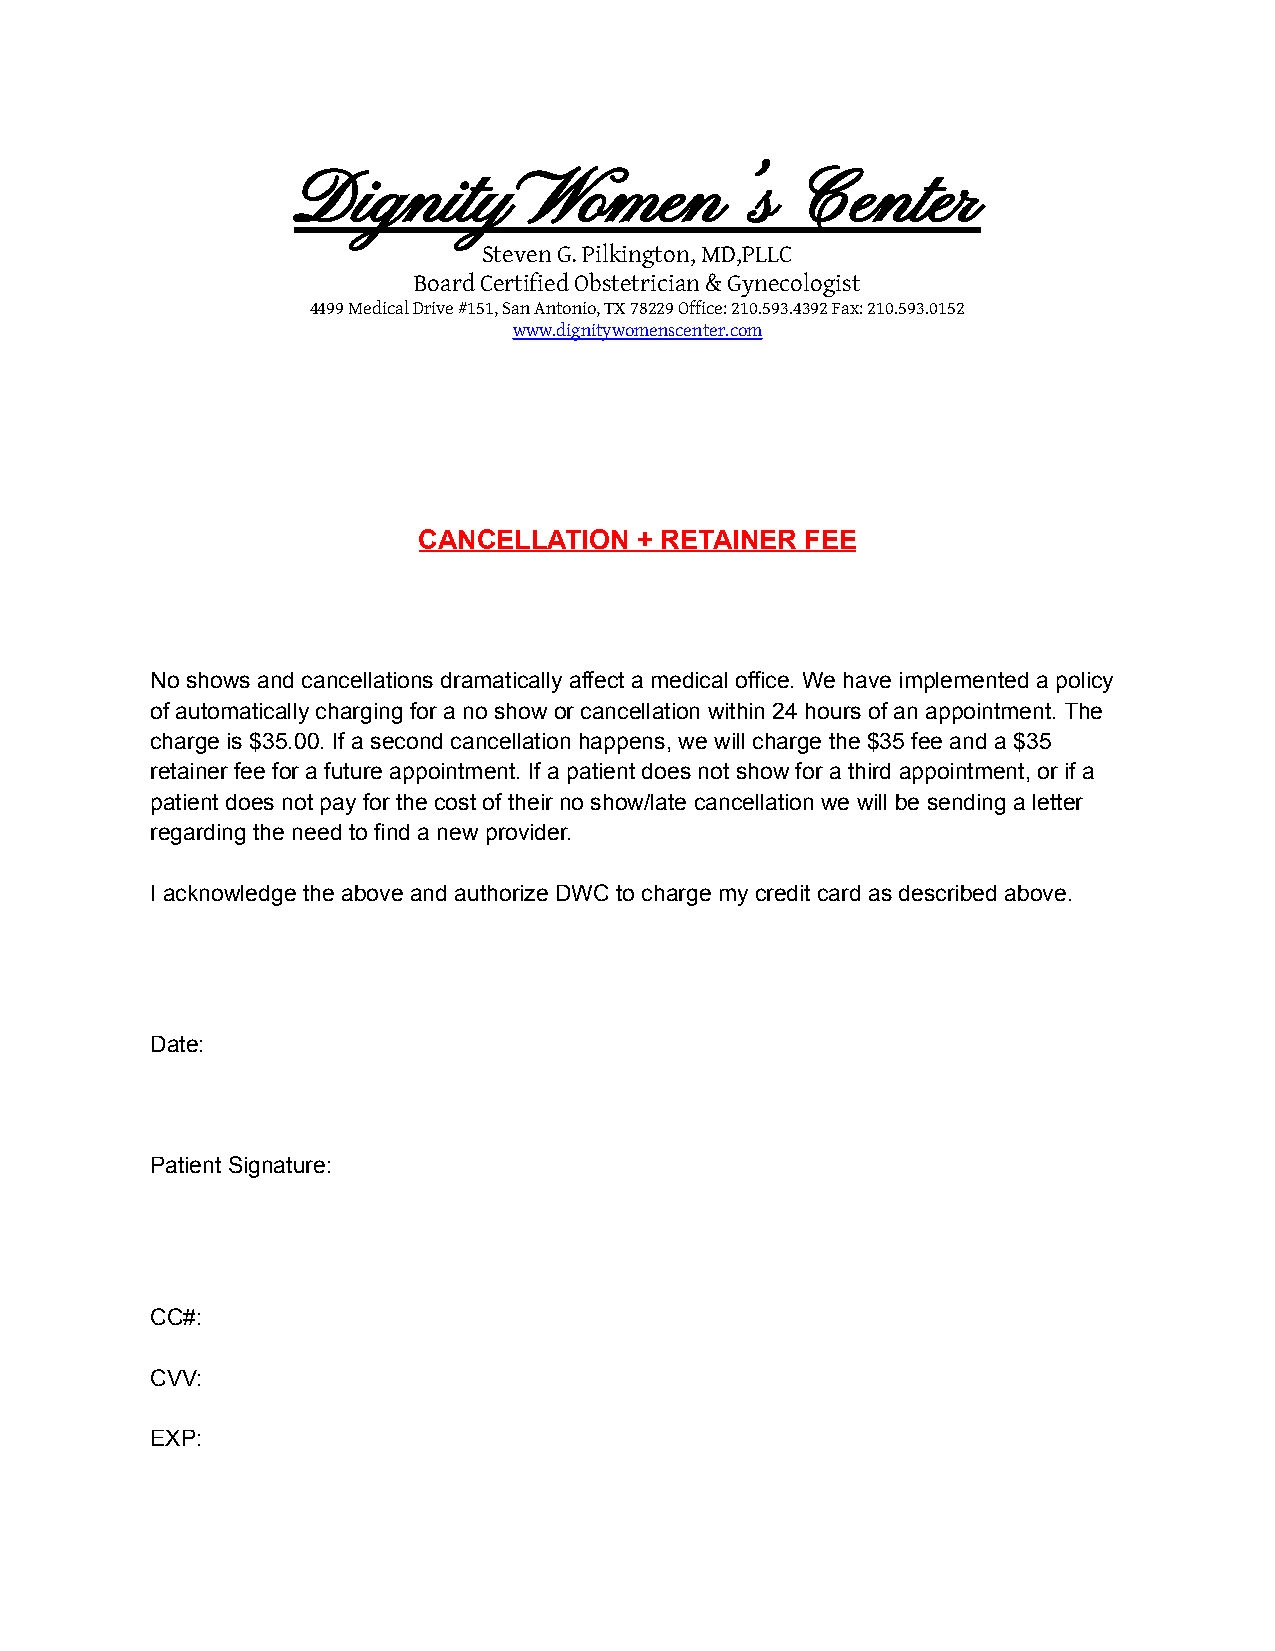
Dignity          Women’s          Center
 Steven G. Pilkington, MD,PLLC
 Board Certified Obstetrician & Gynecologist
 4499 Medical Drive #151, San Antonio, TX 78229 Office: 210.593.4392 Fax: 210.593.0152
 www.dignitywomenscenter.com
 CANCELLATION  + RETAINER FEE
 No shows and cancellations dramatically affect a medical office. We have implemented a policy
 of automatically charging for a no show or cancellation within 24 hours of an appointment. The
 charge is $35.00. If a second cancellation happens, we will charge the $35 fee and a $35
 retainer fee for a future appointment. If a patient does not show for a third appointment, or if a
 patient does not pay for the cost of their no show/late cancellation we will be sending a letter
 regarding the need to find a new provider.
 I acknowledge the above and authorize DWC to charge my credit card as described above.
 Date:
 Patient Signature:
 CC#:
 CVV:
 EXP: